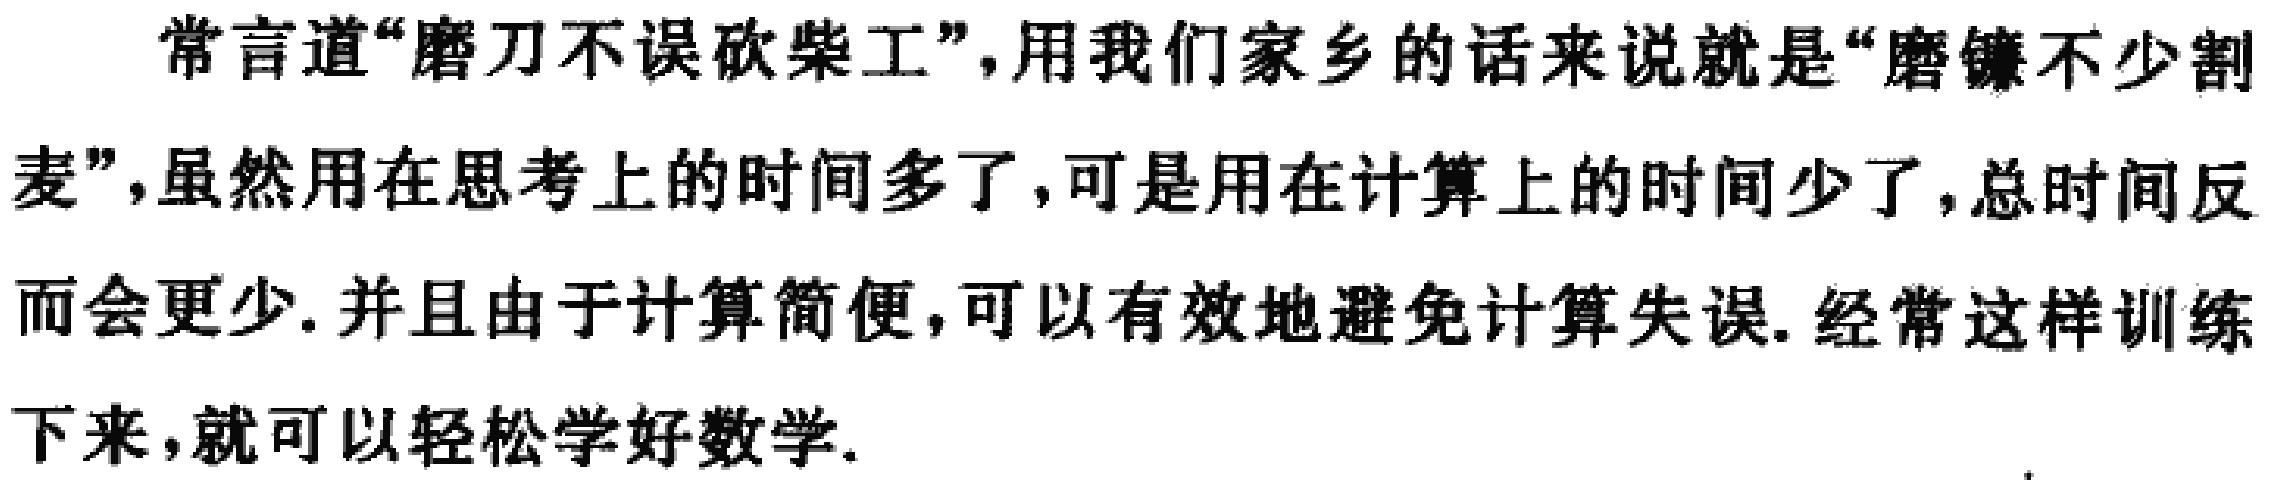
常言道“磨刀不误砍柴工”，用我们家乡的话来说就是“磨镰不少割麦”，虽然用在思考上的时间多了，可是用在计算上的时间少了，总时间反而会更少. 并且由于计算简便，可以有效地避免计算失误. 经常这样训练下来，就可以轻松学好数学.